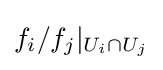
f_{i}/f_{j}|_{U_{i}\cap U_{j}}